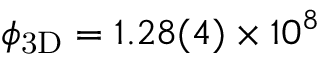
\ensuremath { \phi _ { \mathrm { 3 D } } } = 1 . 2 8 ( 4 ) \times 1 0 ^ { 8 }